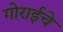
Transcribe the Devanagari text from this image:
गोराईचे